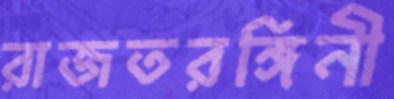
রাজতরঙ্গিনী